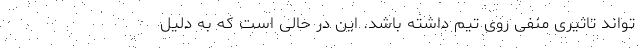
تواند تاثیری منفی روی تیم داشته باشد. این در حالی است که به دلیل